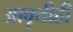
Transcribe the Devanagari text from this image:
आवृत्तीही